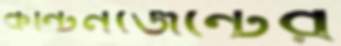
কন্টিনজেন্টের